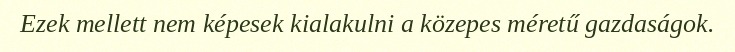
Ezek mellett nem képesek kialakulni a közepes méretű gazdaságok.